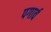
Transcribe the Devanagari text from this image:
पगार्व